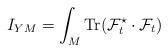
LaTeX: \begin{align*}I_{YM} = \int_{M} {\rm Tr} ( {\cal F}_{t}^{\star} \cdot {\cal F}_{t} ) \end{align*}